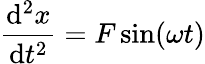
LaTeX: {\frac{\mathrm{d}^{2}x}{\mathrm{d}t^{2}}}=F\sin(\omega t)